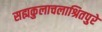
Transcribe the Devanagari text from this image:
सह्यकुलाचलाश्रितपुरे